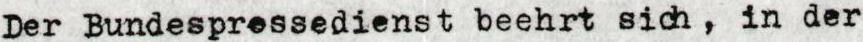
Der Bundespressedienst beehrt sich, in der